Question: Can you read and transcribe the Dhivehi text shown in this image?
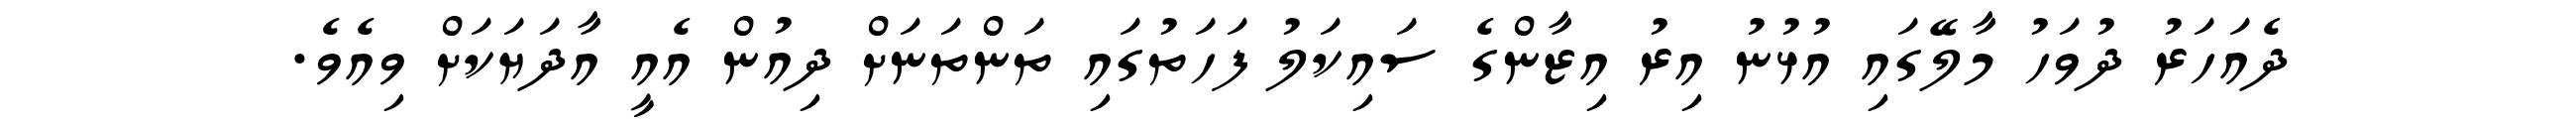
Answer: ދެއަހަރު ދުވަހު މާލޭގައި އުޅުނު އިރު އިޒާންގެ ސައިކަލު ފަހަތުގައި ތަންތަނަށް ދިއުން އެއީ އާދަޔަކަށް ވިއެވެ.